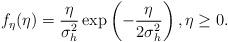
LaTeX: \begin{align*}f_{\eta}(\eta)= \frac{\eta}{\sigma_h^2} \exp\left( -\frac{\eta}{2\sigma_h^2}\right),\eta\geq 0.\end{align*}